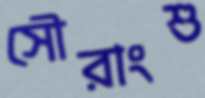
সৌরাংশু